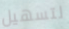
لتسهيل